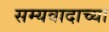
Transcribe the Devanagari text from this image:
सम्यवादाच्या